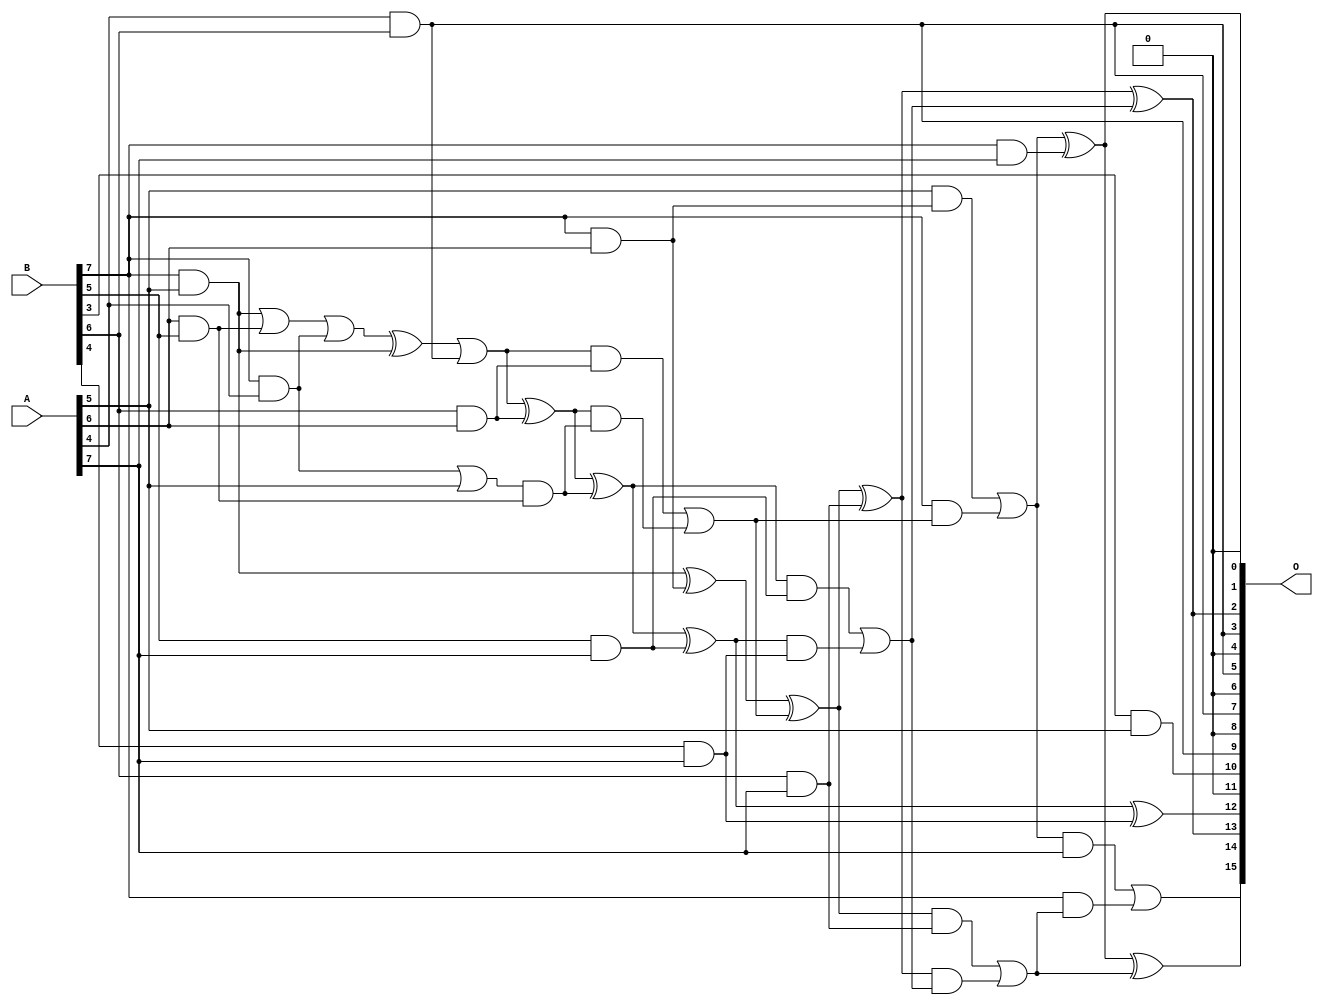
/***
* This code is a part of EvoApproxLib library (ehw.fit.vutbr.cz/approxlib) distributed under The MIT License.
* When used, please cite the following article(s): PRABAKARAN B. S., MRAZEK V., VASICEK Z., SEKANINA L., SHAFIQUE M. ApproxFPGAs: Embracing ASIC-based Approximate Arithmetic Components for FPGA-Based Systems. DAC 2020. 
***/
// MAE% = 2.27 %
// MAE = 1491 
// WCE% = 9.32 %
// WCE = 6109 
// WCRE% = 366.41 %
// EP% = 99.20 %
// MRE% = 28.93 %
// MSE = 35240.883e2 
// FPGA_POWER = 0.33
// FPGA_DELAY = 7.7
// FPGA_LUT = 10

module mul8u_17BE (
    A,
    B,
    O
);

input [7:0] A;
input [7:0] B;
output [15:0] O;

wire sig_16,sig_153,sig_155,sig_163,sig_200,sig_207,sig_208,sig_236,sig_237,sig_241,sig_244,sig_251,sig_252,sig_253,sig_277,sig_281,sig_282,sig_283,sig_284,sig_285;
wire sig_286,sig_287,sig_288,sig_289,sig_290,sig_295,sig_296,sig_297,sig_298,sig_321,sig_322,sig_323,sig_324,sig_325,sig_326,sig_327,sig_328,sig_329,sig_330,sig_331;
wire sig_332,sig_333,sig_334,sig_335;

assign sig_16 = B[7] & A[5];
assign sig_153 = A[6] & B[5];
assign sig_155 = sig_16 | sig_153;
assign sig_163 = B[7] & A[4];
assign sig_200 = sig_155 | sig_163;
assign sig_207 = B[3] & A[5];
assign sig_208 = B[7] & A[5];
assign sig_236 = sig_163 | A[5];
assign sig_237 = A[4] & B[6];
assign sig_241 = sig_200 ^ sig_208;
assign sig_244 = sig_241 | sig_237;
assign sig_251 = B[5] & A[6];
assign sig_252 = B[6] & A[6];
assign sig_253 = B[7] & A[6];
assign sig_277 = sig_236 & sig_251;
assign sig_281 = sig_244 ^ sig_252;
assign sig_282 = sig_244 & sig_252;
assign sig_283 = sig_281 & sig_277;
assign sig_284 = sig_281 ^ sig_277;
assign sig_285 = sig_282 | sig_283;
assign sig_286 = sig_208 ^ sig_253;
assign sig_287 = A[5] & sig_253;
assign sig_288 = B[7] & sig_285;
assign sig_289 = sig_286 ^ sig_285;
assign sig_290 = sig_287 | sig_288;
assign sig_295 = B[4] & A[7];
assign sig_296 = B[5] & A[7];
assign sig_297 = B[6] & A[7];
assign sig_298 = B[7] & A[7];
assign sig_321 = sig_284 ^ sig_296;
assign sig_322 = sig_284 & sig_296;
assign sig_323 = sig_321 & sig_295;
assign sig_324 = sig_321 ^ sig_295;
assign sig_325 = sig_322 | sig_323;
assign sig_326 = sig_289 ^ sig_297;
assign sig_327 = sig_289 & sig_297;
assign sig_328 = sig_326 & sig_325;
assign sig_329 = sig_326 ^ sig_325;
assign sig_330 = sig_327 | sig_328;
assign sig_331 = sig_290 ^ sig_298;
assign sig_332 = sig_290 & A[7];
assign sig_333 = B[7] & sig_330;
assign sig_334 = sig_331 ^ sig_330;
assign sig_335 = sig_332 | sig_333;

assign O[15] = sig_335;
assign O[14] = sig_334;
assign O[13] = sig_329;
assign O[12] = sig_324;
assign O[11] = 1'b0;
assign O[10] = sig_207;
assign O[9] = sig_237;
assign O[8] = 1'b0;
assign O[7] = sig_237;
assign O[6] = 1'b0;
assign O[5] = sig_237;
assign O[4] = 1'b0;
assign O[3] = sig_237;
assign O[2] = sig_329;
assign O[1] = 1'b0;
assign O[0] = sig_331;

endmodule